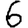
Digit: 6